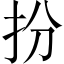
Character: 扮